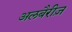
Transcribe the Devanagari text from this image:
अलबैरीज़